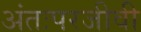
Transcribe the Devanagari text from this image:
अंतःपरजीवी